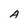
Character: A